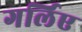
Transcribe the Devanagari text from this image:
गर्लिए